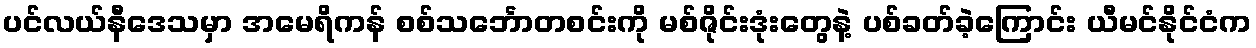
ပင်လယ်နီဒေသမှာ အမေရိကန် စစ်သင်္ဘောတစင်းကို မစ်ဇိုင်းဒုံးတွေနဲ့ ပစ်ခတ်ခဲ့ကြောင်း ယီမင်နိုင်ငံက